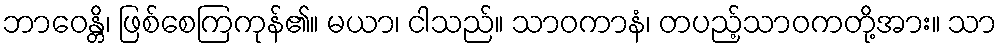
ဘာဝေန္တိ၊ ဖြစ်စေကြကုန်၏။ မယာ၊ ငါသည်။ သာဝကာနံ၊ တပည့်သာဝကတို့အား။ သာ